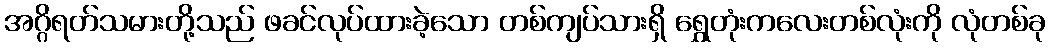
အဂ္ဂိရတ်သမားတို့သည် ဖခင်လုပ်ထားခဲ့သော တစ်ကျပ်သားရှိ ရွှေတုံးကလေးတစ်လုံးကို လုံတစ်ခု